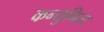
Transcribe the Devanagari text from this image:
कन्युनिस्ट